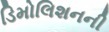
ડિમોલિશનની